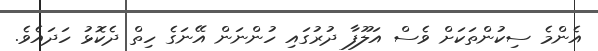
އެންމެ ސިކުންތަކަށް ވެސް އަލޫފާ ދުރުގައި ހުންނަން އޭނަގެ ހިތް ދެކޮޅު ހަދައެވެ.